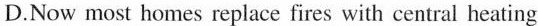
D.Now most homes replace fires with central heating